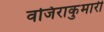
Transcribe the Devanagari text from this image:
वजिराकुमारी